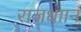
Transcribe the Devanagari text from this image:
राजधाान